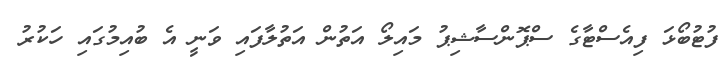
ފުޓުބޯޅަ ފިއެސްޓާގެ ސްޕޮންސާޝިޕު މައިލޯ އަތުން އަތުލާފައި ވަނީ އެ ބުއިމުގައި ހަކުރު